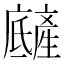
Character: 𤯿